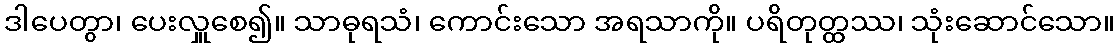
ဒါပေတွာ၊ ပေးလှူစေ၍။ သာဓုရသံ၊ ကောင်းသော အရသာကို။ ပရိတုတ္ထဿ၊ သုံးဆောင်သော။